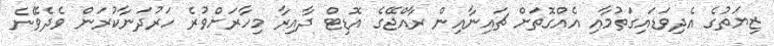
ޒިޔަތުގެ އެދިވަޑައިގަތުމާއި އެއްގޮތަށް ޗައިނާއިން ރާއްޖޭގެ އޮޑިޓް ދާއިރާ މިހާރަށްވުރެ ހަރުދަނާކުރަން ވެދެވޭނެ